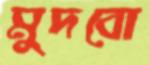
মুদবো